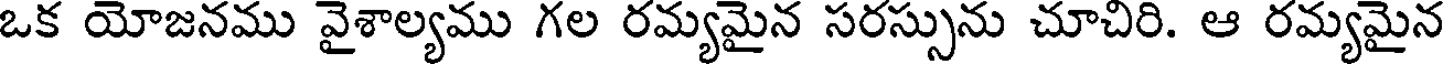
ఒక యోజనము వైశాల్యము గల రమ్యమైన సరస్సును చూచిరి. ఆ రమ్యమైన